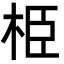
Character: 栕